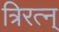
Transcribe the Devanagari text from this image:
त्रिरत्न्